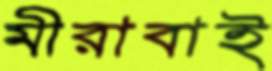
মীরাবাই